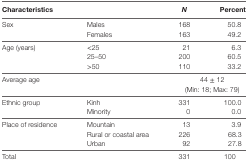
<table><thead><tr><td colspan="2"><b>Characteristics</b></td><td><b><i>N</i></b></td><td><b>Percent</b></td></tr></thead><tbody><tr><td>Sex</td><td>MalesFemales</td><td>168163</td><td>50.849.2</td></tr><tr><td>Age (years)</td><td>&lt;2525–50&gt;50</td><td>21200110</td><td>6.360.533.2</td></tr><tr><td colspan="2">Average age</td><td colspan="2">44 ± 12 (Min: 18; Max: 79)</td></tr><tr><td>Ethnic group</td><td>KinhMinority</td><td>3310</td><td>100.00.0</td></tr><tr><td>Place of residence</td><td>MountainRural or coastal areaUrban</td><td>1322692</td><td>3.968.327.8</td></tr><tr><td colspan="2">Total</td><td>331</td><td>100</td></tr></tbody></table>